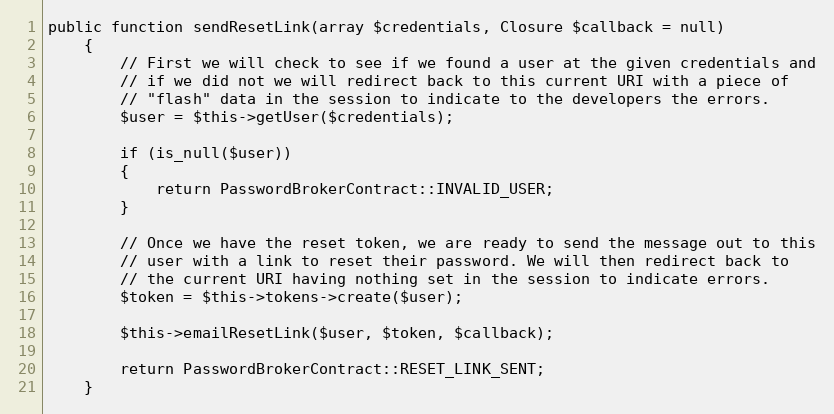
Language: PHP
public function sendResetLink(array $credentials, Closure $callback = null)
	{
		// First we will check to see if we found a user at the given credentials and
		// if we did not we will redirect back to this current URI with a piece of
		// "flash" data in the session to indicate to the developers the errors.
		$user = $this->getUser($credentials);

		if (is_null($user))
		{
			return PasswordBrokerContract::INVALID_USER;
		}

		// Once we have the reset token, we are ready to send the message out to this
		// user with a link to reset their password. We will then redirect back to
		// the current URI having nothing set in the session to indicate errors.
		$token = $this->tokens->create($user);

		$this->emailResetLink($user, $token, $callback);

		return PasswordBrokerContract::RESET_LINK_SENT;
	}